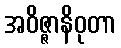
အဝိဇ္ဇာနိဝုတာ